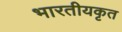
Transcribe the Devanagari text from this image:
भारतीयकृत